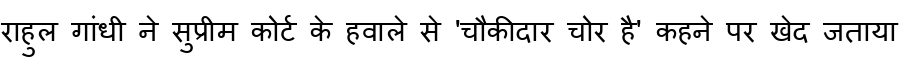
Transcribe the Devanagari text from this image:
राहुल गांधी ने सुप्रीम कोर्ट के हवाले से 'चौकीदार चोर है' कहने पर खेद जताया